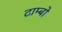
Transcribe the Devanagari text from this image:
टाम्‍बो